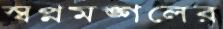
স্বপ্নমঙ্গলের